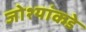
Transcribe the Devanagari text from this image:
जोश्यांकडे